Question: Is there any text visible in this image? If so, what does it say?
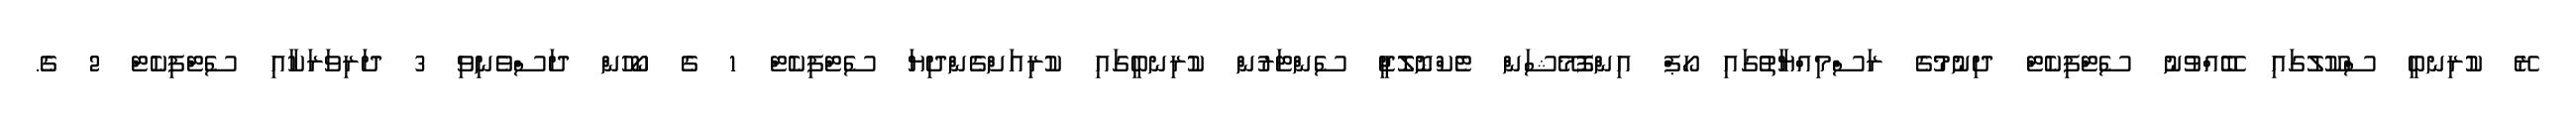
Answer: ރޭ ކުރިނބީ ސްކޫލުގައި ބޭއްވުނު ސެޓްފިކެޓް ދިނުމުގެ ރަސްމިއްޔާތުގައި ހޯޕް އިންފޮމޭޝަން ޓެކްނޮލޮޖީ ސެންޓަރުން ކުރިނބީގައި ކުރިއަށްގެންދިޔަ ސެޓްފިކެޓް 1 ގެ ކޯހުން ދަސްވެނިވި 3 ދަރިވަރަކާއި ސެޓްފިކެޓް 2 ގެ.